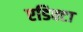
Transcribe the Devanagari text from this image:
एडिक्टा